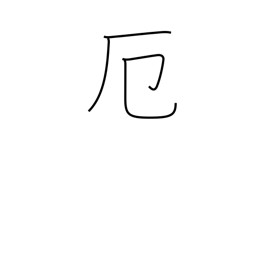
Meaning: misfortune